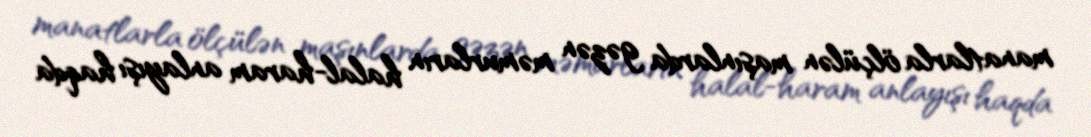
manatlarla ölçülən maşınlarda gəzən məmurların halal-haram anlayışı haqda